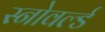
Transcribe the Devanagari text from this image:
स्नोवर्ल्ड